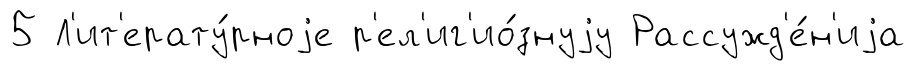
5 Л'ит'ерату́рноjе р'ел'иг'ио́знуjу Рассужд'е́н'иjа